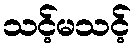
သင့်မသင့်